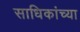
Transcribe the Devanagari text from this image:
साधिकांच्या